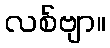
လစ်ဗျာ။